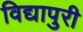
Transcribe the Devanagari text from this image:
विद्यापुरी